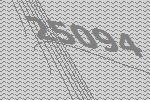
25094